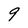
Character: 9